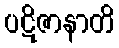
ပဋိဇာနာတိ